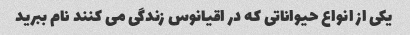
یکی از انواع حیواناتی که در اقیانوس زندگی می کنند نام ببرید